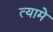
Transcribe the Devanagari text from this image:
त्यामे